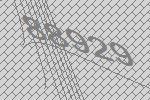
88929